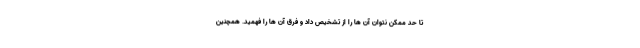
تا حد ممکن نتوان آن ها را از تشخیص داد و فرق آن ها را فهمید. همچنین